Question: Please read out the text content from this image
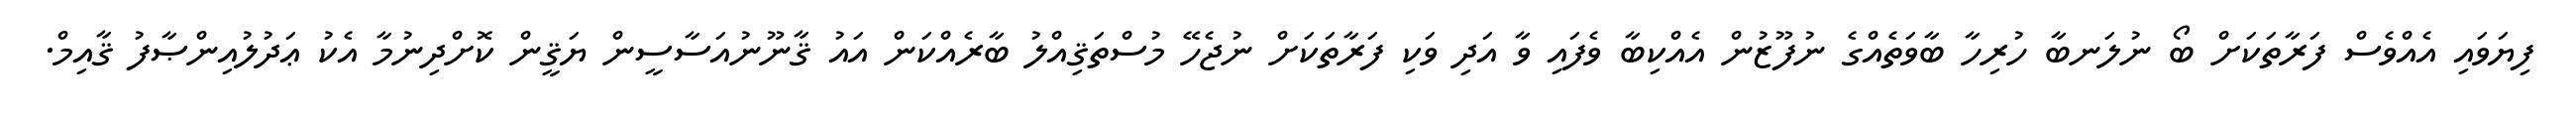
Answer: ފިޔަވައި އެއްވެސް ފަރާތަކަށް ބޯ ނުލަނބާ ހުރިހާ ބާވަތެއްގެ ނުފޫޒުން އެއްކިބާ ވެފައި ވާ އަދި ވަކި ފަރާތަކަށް ނުޖެހޭ މުސްތަޤިއްލު ބާރެއްކަން އައު ޤާނޫނުއަސާސީން ޔަޤީން ކޮށްދިނުމާ އެކު ޢަދުލުއިންޞާފު ޤާއިމް.